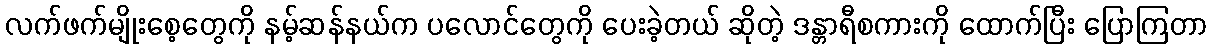
လက်ဖက်မျိုးစေ့တွေကို နမ့်ဆန်နယ်က ပလောင်တွေကို ပေးခဲ့တယ် ဆိုတဲ့ ဒန္တာရီစကားကို ထောက်ပြီး ပြောကြတာ